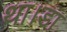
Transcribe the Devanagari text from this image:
था।डा